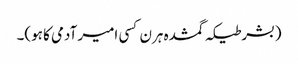
(بشرطیکہ گمشدہ ہرن کسی امیر آدمی کا ہو)۔